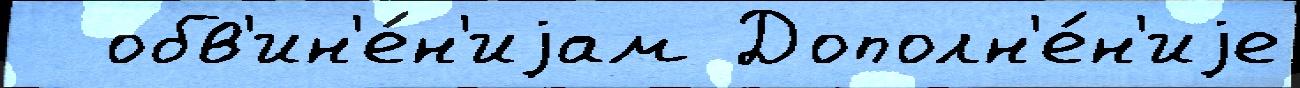
  обв'ин'е́н'иjам Дополн'е́н'иjе